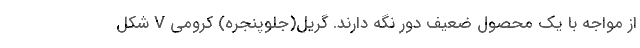
از مواجه با یک محصول ضعیف دور نگه دارند. گریل(جلوپنجره) کرومی V شکل